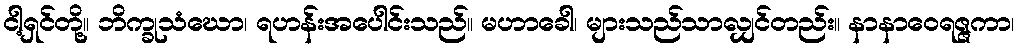
ငါ့ရှင်တို့။ ဘိက္ခုသံဃော၊ ရဟန်းအပေါင်းသည်။ မဟာခေါ၊ များသည်သာလျှင်တည်း။ နာနာဝေရဇ္ဇကာ၊